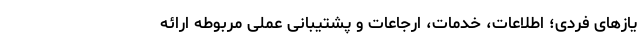
یازهای فردی؛ اطلاعات، خدمات، ارجاعات و پشتیبانی عملی مربوطه ارائه